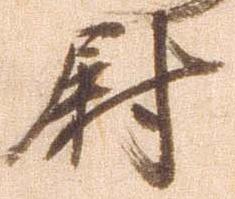
尉